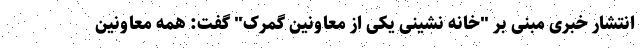
انتشار خبری مبنی بر "خانه نشینی یکی از معاونین گمرک" گفت: همه معاونین